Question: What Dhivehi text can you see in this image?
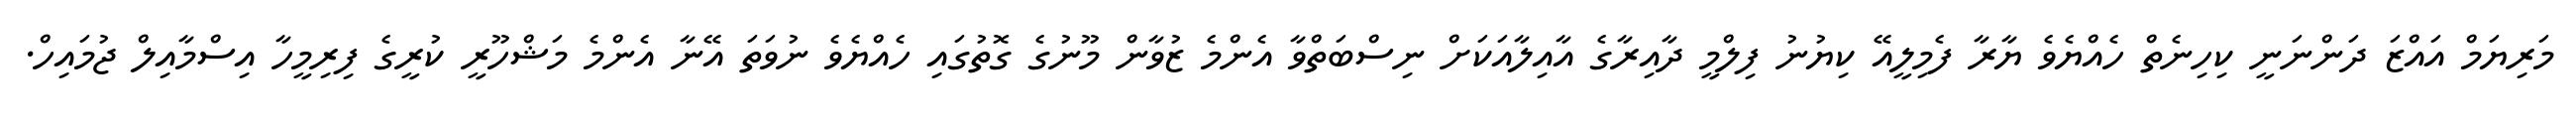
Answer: މަރިޔަމް އައްޒަ ދަންނަނީ ކިހިނެތް ހެއްޔެވެ ޔާރާ ފެމިލީއޭ ކިޔުނު ފިލްމީ ދާއިރާގެ އާއިލާއަކަށް ނިސްބަތްވާ އެންމެ ޒުވާން މޫނުގެ ގޮތުގައި ހެއްޔެވެ ނުވަތަ އޭނާ އެންމެ މަޝްހޫރީ ކުރީގެ ފިރިމީހާ އިސްމާއިލް ޖުމައިހް.